Lunatic asylums Madras 1877-1891 - 1877-1891
Year: 1877
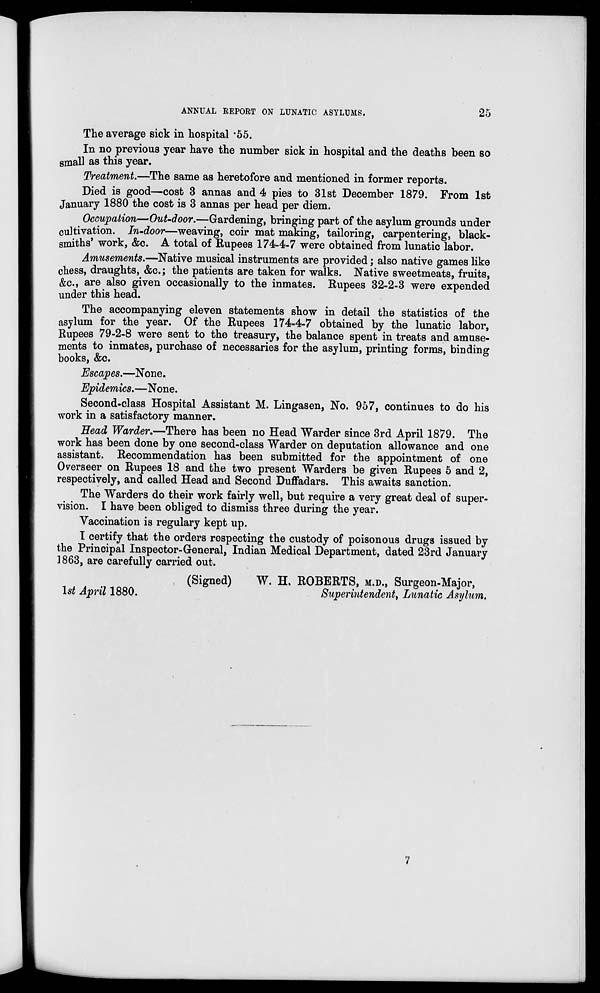
ANNUAL REPORT ON LUNATIC ASYLUMS.
25
The average sick in hospital .55.
In no previous year have the number sick in hospital and the deaths been so
small as this year.
Treatment—The same as heretofore and mentioned in former reports.
Died is good—cost 3 annas and 4 pies to 31st December 1879. From 1st
January 1880 the cost is 3 annas per head per diem.
Occupation—Out-door.—Gardening, bringing part of the asylum grounds under
cultivation. In-door—weaving, coir mat making, tailoring, carpentering, black-
smiths' work, &c. A total of Rupees 174-4-7 were obtained from lunatic labor.
Amusements.—Native musical instruments are provided; also native games like
chess, draughts, &c.; the patients are taken for walks. Native sweetmeats, fruits,
&c., are also given occasionally to the inmates. Rupees 32-2-3 were expended
under this head.
The accompanying eleven statements show in detail the statistics of the
asylum for the year. Of the Rupees 174-4-7 obtained by the lunatic labor,
Rupees 79-2-8 were sent to the treasury, the balance spent in treats and amuse-
ments to inmates, purchase of necessaries for the asylum, printing forms, binding
books, &c.
Escapes.—None.
Epidemics.—None.
Second-class Hospital Assistant M. Lingasen, No. 957, continues to do his
work in a satisfactory manner.
Head Warder.—There has been no Head Warder since 3rd April 1879. The
work has been done by one second-class Warder on deputation allowance and one
assistant. Recommendation has been submitted for the appointment of one
Overseer on Rupees 18 and the two present Warders be given Rupees 5 and 2,
respectively, and called Head and Second Duffadars. This awaits sanction.
The Warders do their work fairly well, but require a very great deal of super-
vision. I have been obliged to dismiss three during the year.
Vaccination is regulary kept up.
I certify that the orders respecting the custody of poisonous drugs issued by
the Principal Inspector-General, Indian Medical Department, dated 23rd January
1863, are carefully carried out.
(Signed)
W. H. ROBERTS, M.D., Surgeon-Major,
1st April 1880.
Superintendent,
Lunatic Asylum.